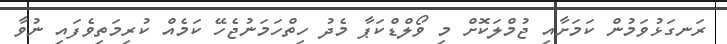
ރަނގަޅުވަމުން ކަމަށާއި ޖުމްލަކޮށް މި ވޯލްޑްކަޕާ މެދު ހިތްހަމަނުޖެހޭ ކަމެއް ކުރިމަތިވެފައި ނުވާ